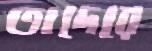
তাদেরে